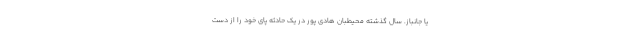
یا جانباز. سال گذشته محیطبان هادی پور در یک حادثه پای خود را از دست